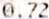
0.72